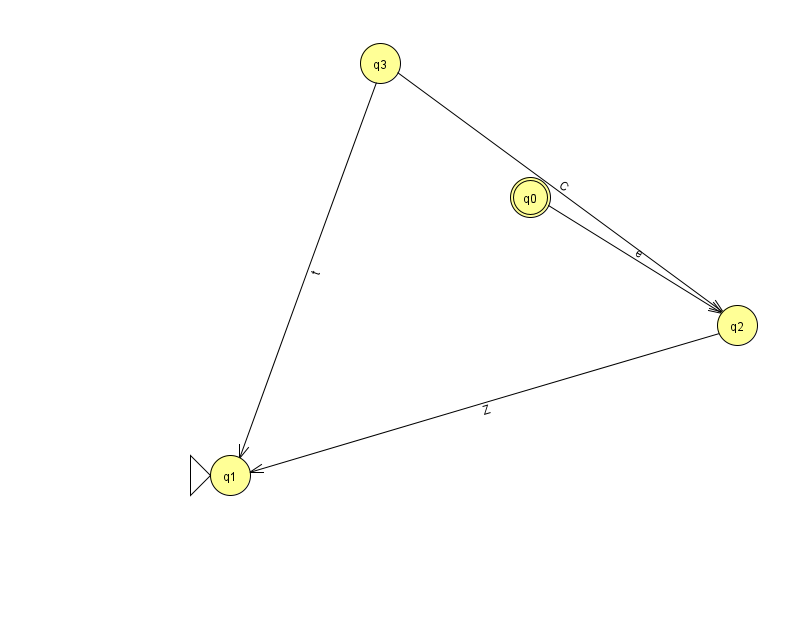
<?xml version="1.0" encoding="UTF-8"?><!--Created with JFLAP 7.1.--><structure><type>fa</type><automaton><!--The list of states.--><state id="0" name="q0"><x>530.0</x><y>184.0</y><final/></state><state id="1" name="q1"><x>230.0</x><y>462.0</y><initial/></state><state id="2" name="q2"><x>737.0</x><y>312.0</y></state><state id="3" name="q3"><x>380.0</x><y>50.0</y></state><!--The list of transitions.--><transition><from>2</from><to>1</to><read>Z</read></transition><transition><from>3</from><to>1</to><read>t</read></transition><transition><from>0</from><to>2</to><read>e</read></transition><transition><from>3</from><to>2</to><read>C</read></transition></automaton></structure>